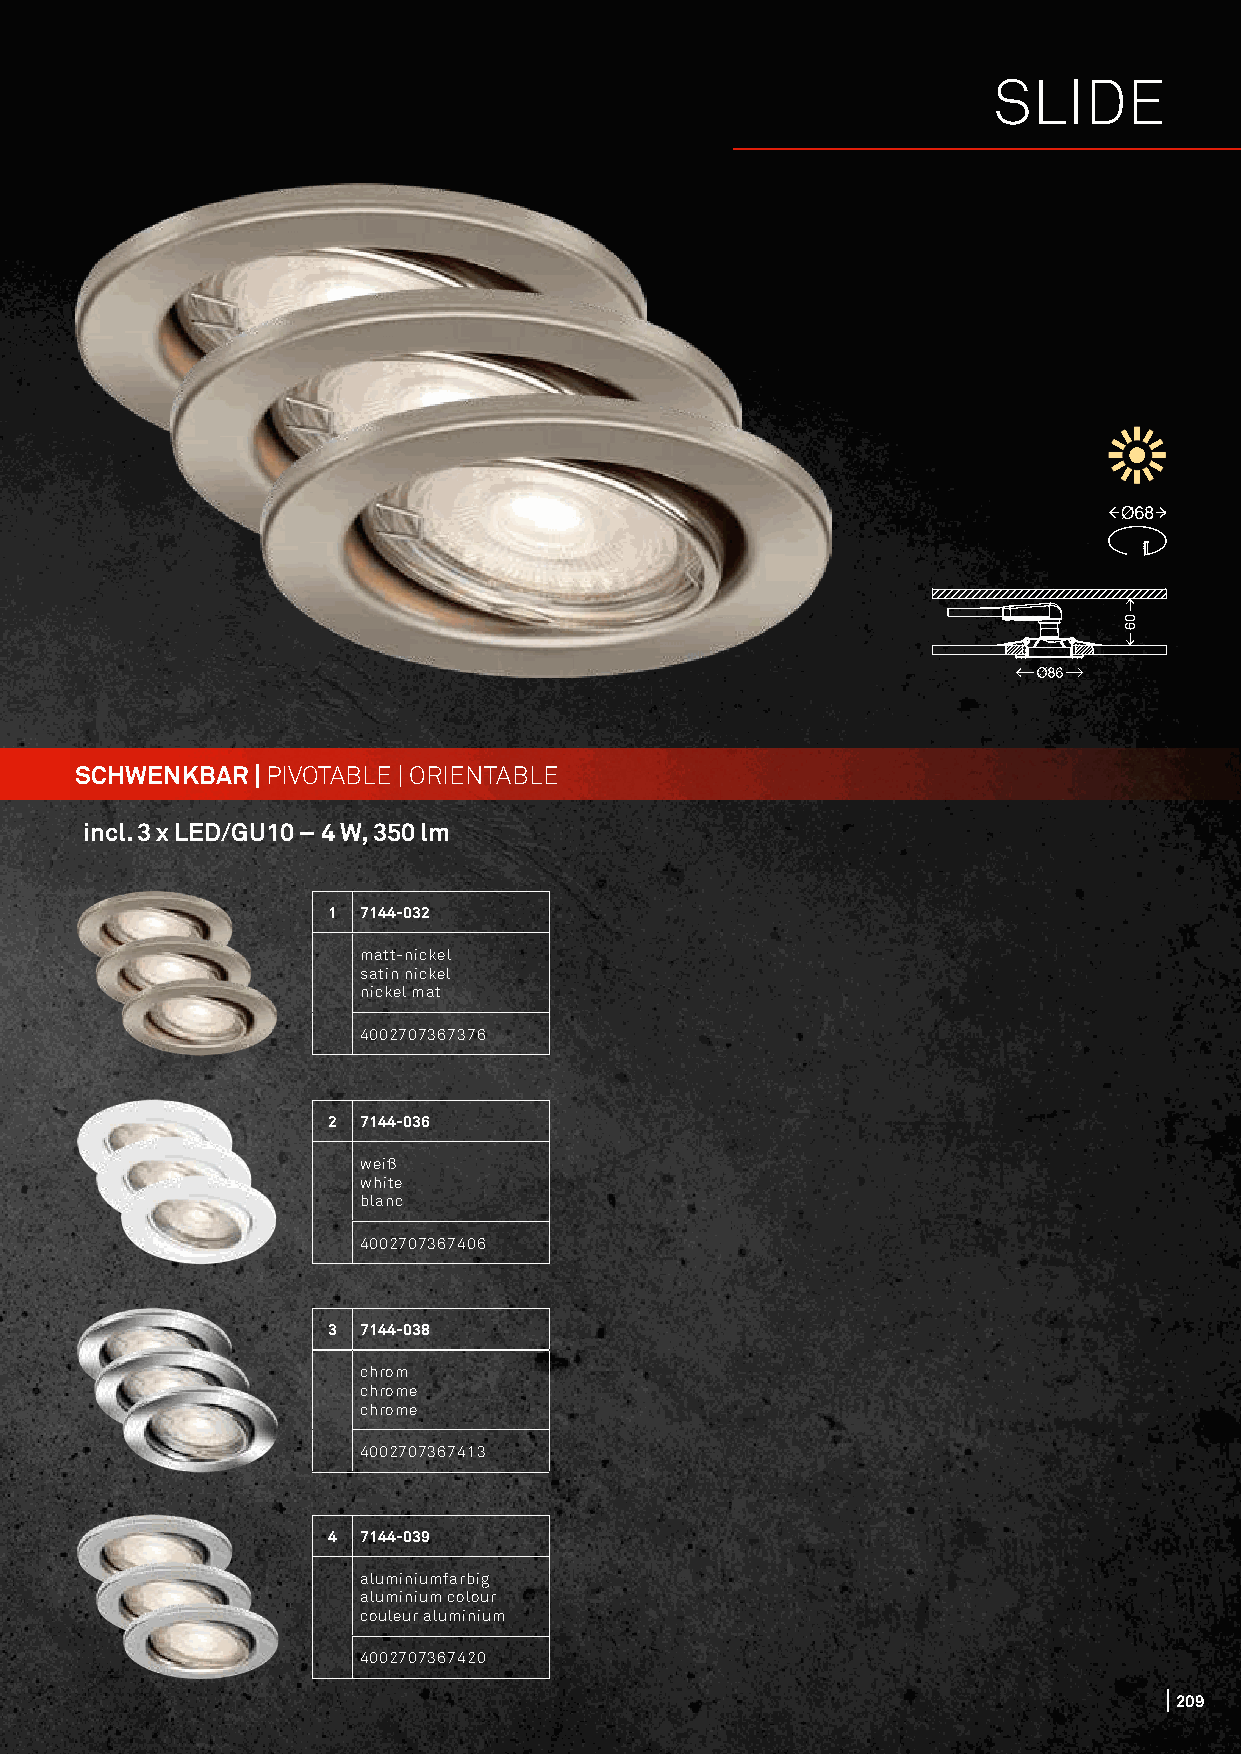
SLIDE
 SCHWENKBAR  | PIVOTABLE | ORIENTABLE
 incl. 3 x LED/GU10 – 4 W, 350 lm
 1 7144-032
 matt-nickel
 satin nickel
 nickel mat
 4002707367376
 2 7144-036
 weiß
 white
 blanc
 4002707367406
 3 7144-038
 chrom
 chrome
 chrome
 4002707367413
 4 7144-039
 aluminiumfarbig
 aluminium colour
 couleur aluminium
 4002707367420
 209